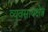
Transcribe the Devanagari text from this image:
व्यवसायक्षेत्र